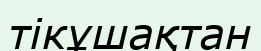
тікұшақтан